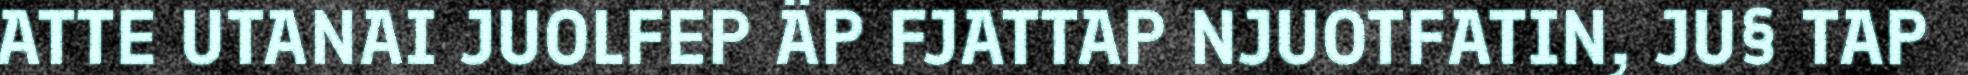
ATTE UTANAI JUOLFEP ÄP FJATTAP NJUOTFATIN, JU§ TAP